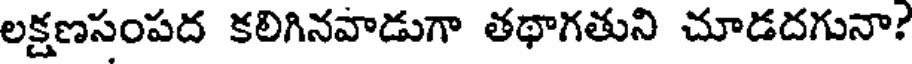
లక్షణసంపద కలిగినవాడుగా తథాగతుని చూడదగునా?